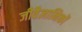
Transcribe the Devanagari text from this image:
जीवैज्ञानिकों